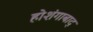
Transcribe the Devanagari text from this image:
होशंगाबाद्